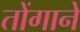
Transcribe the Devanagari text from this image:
तोंगाने